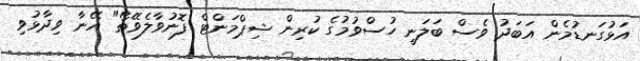
އަޅުގަނޑުމެން އަބަދު ވެސް ބަލަނީ ހުސްވުމުގެ ކުރިން ޝިޕްމަންޓް ފޮނުވާލެވޭތޯ" އޭނާ ވިދާޅުވި